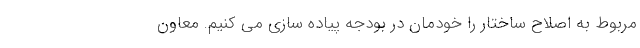
مربوط به اصلاح ساختار را خودمان در بودجه پیاده سازی می کنیم. معاون